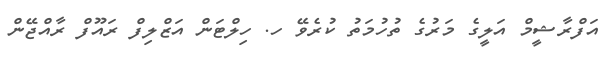
އަފްރާޝީމް އަލީގެ މަރުގެ ތުހުމަތު ކުރެވޭ ހ. ހިލްޓަން އަޒްލިފް ރައޫފް ރާއްޖޭން